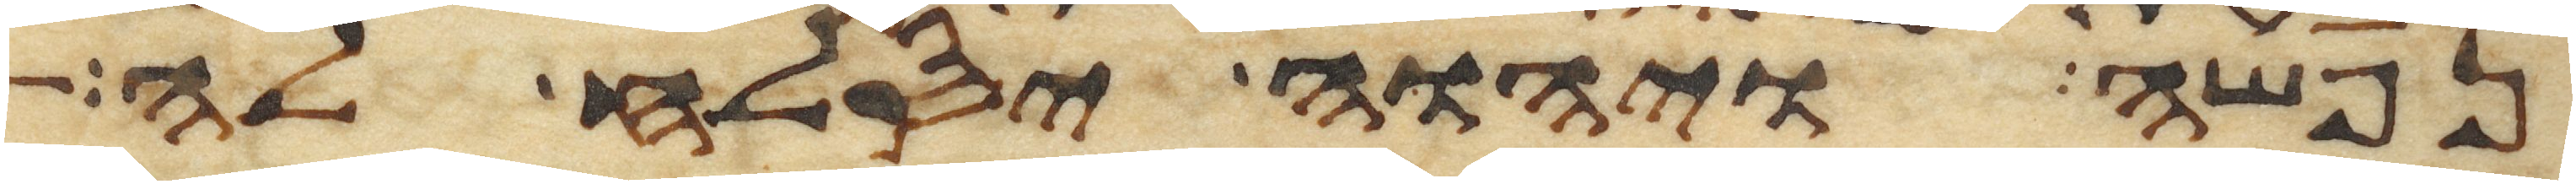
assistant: נפשה ויהוה יסלח לה